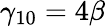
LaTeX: \gamma_{10}=4\beta